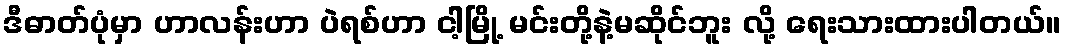
ဒီဓာတ်ပုံမှာ ဟာလန်းဟာ ပဲရစ်ဟာ ငါ့မြို့ မင်းတို့နဲ့မဆိုင်ဘူး လို့ ရေးသားထားပါတယ်။